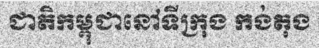
ជាតិកម្ពុជានៅទីក្រុង កង់តុង